Illuka_vallavalitsus, lk 23
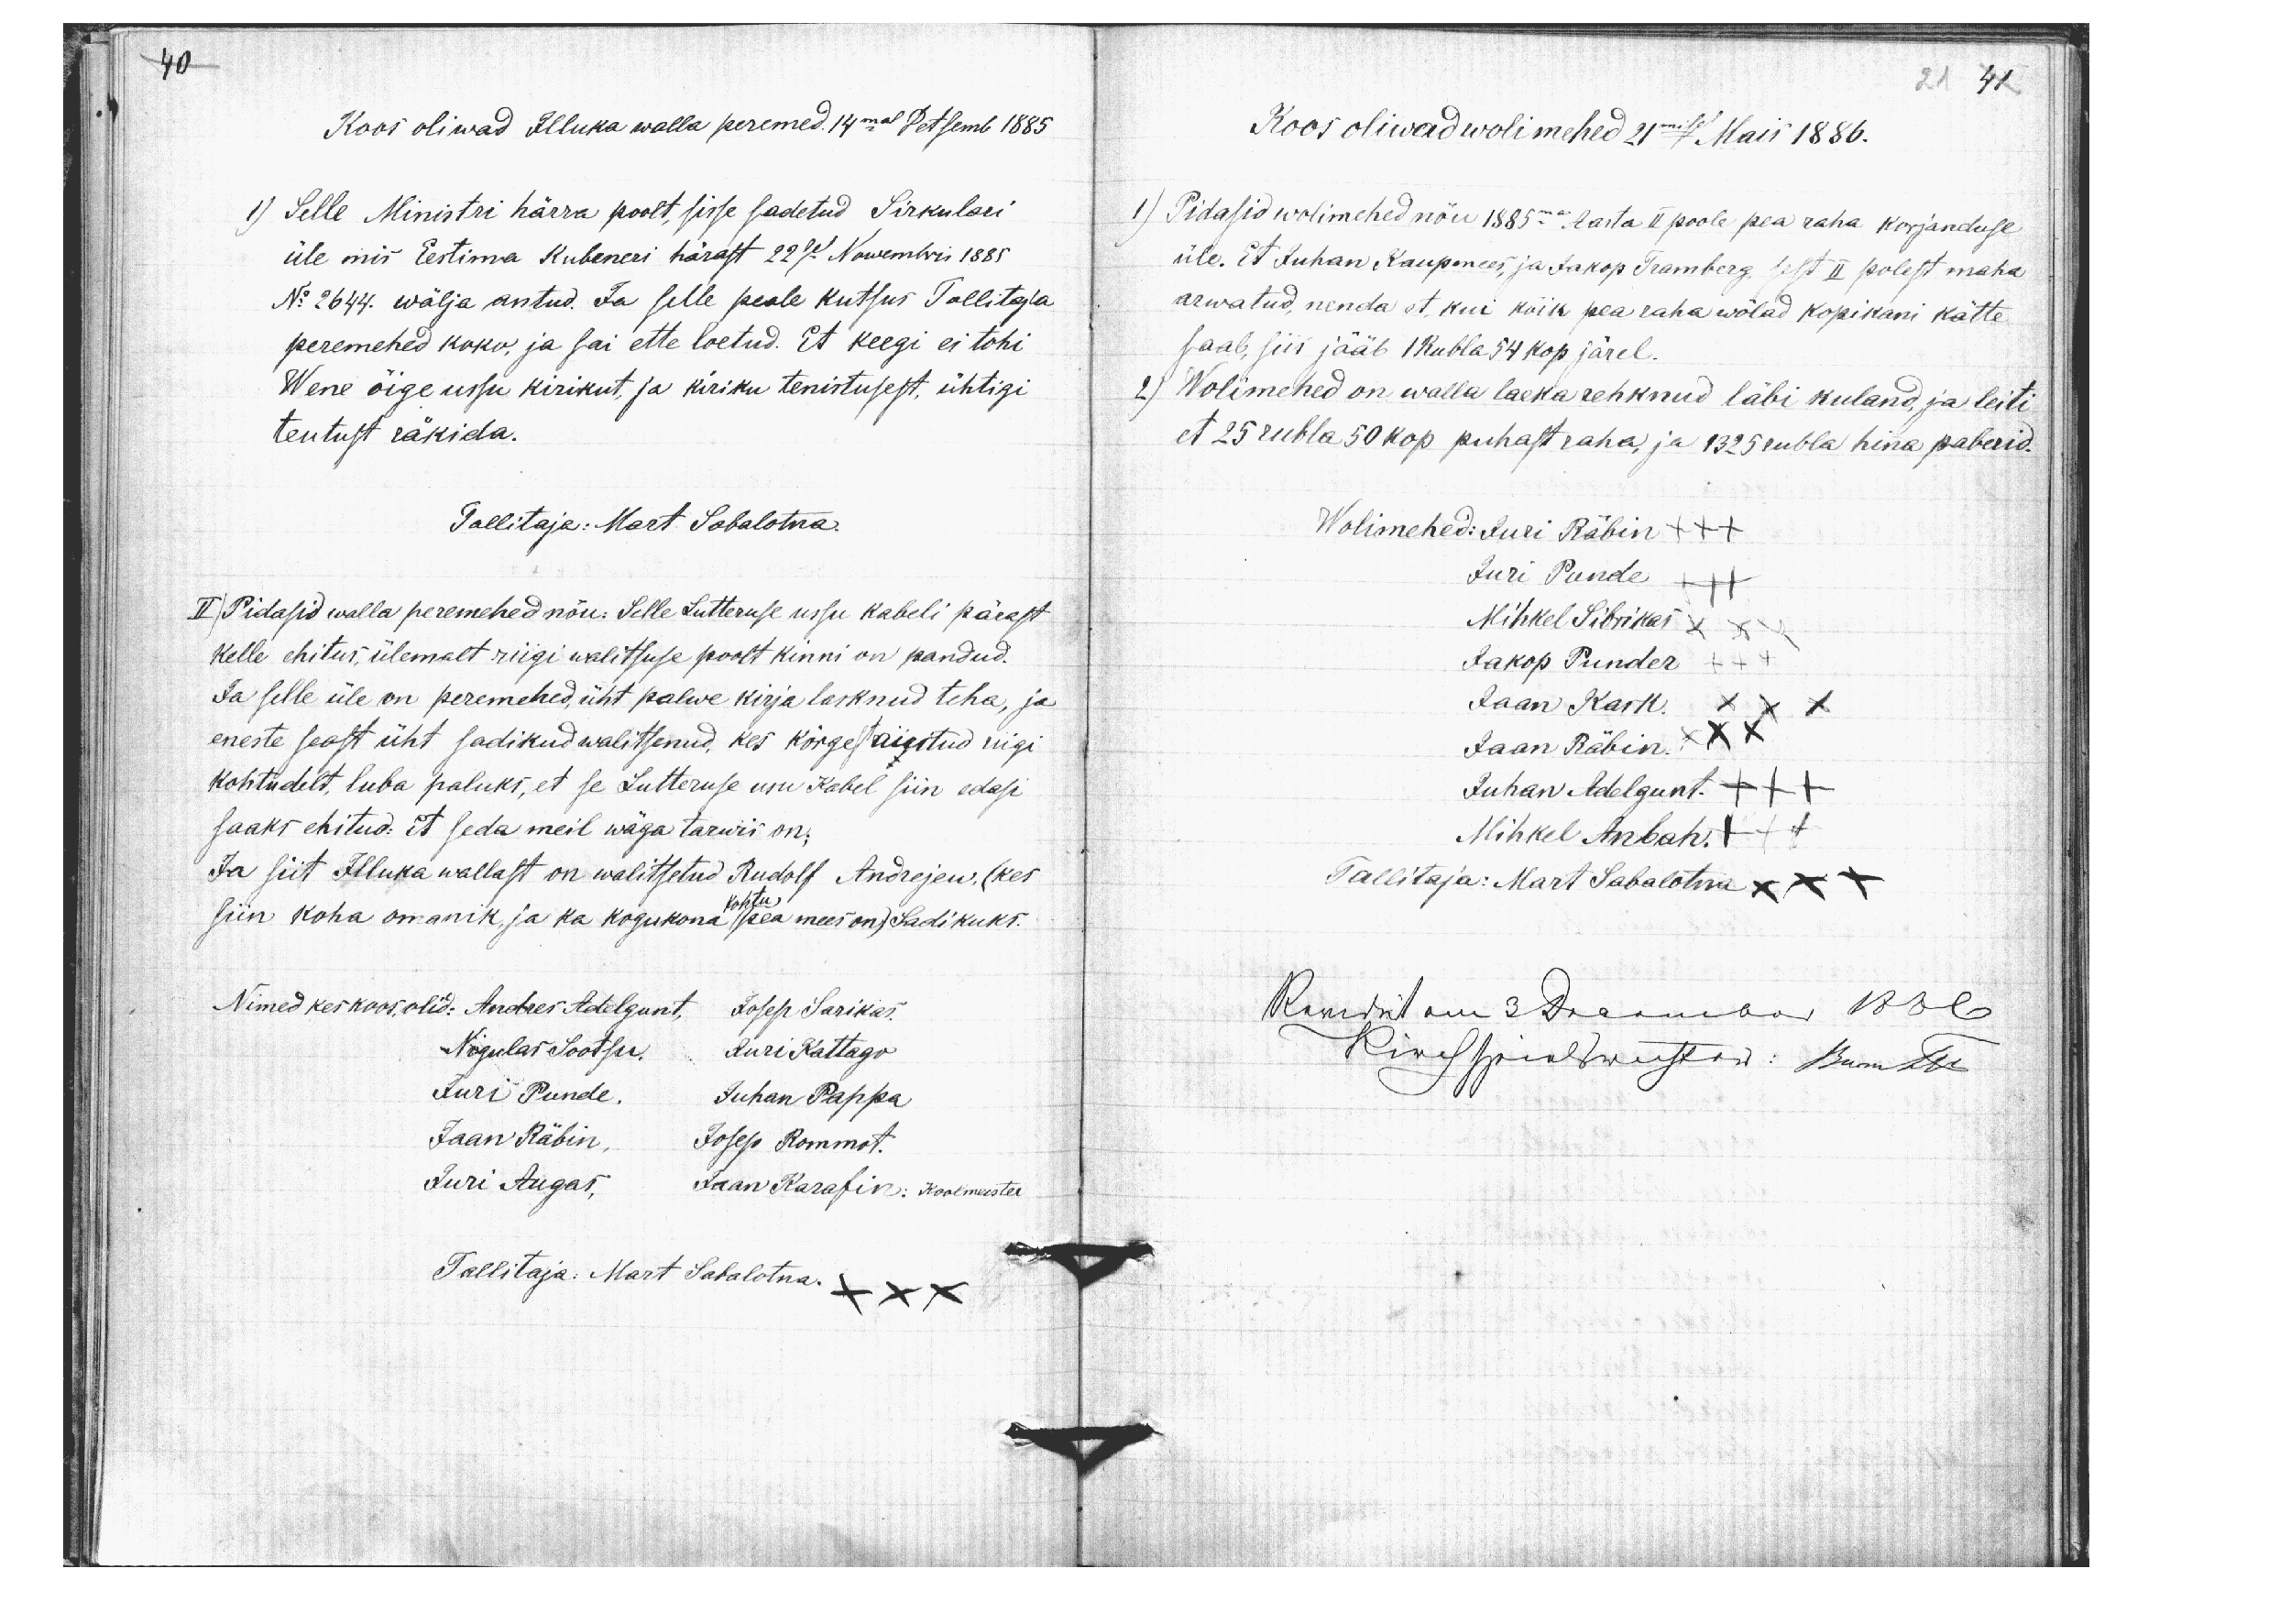
40

21 41

Koos oliwad Illuka walla peremed.14mal Detsemb 1885
1) Selle Ministri härra poolt, sisse sadetud Sirkulari
üle mis Eestima Kubrneri härast 22sel Nowembris 1885
No 2644. wälja antud. Ja selle peale kutsus Tallitaja
peremehed koko, ja sai ette loetud. Et keegi ei tohi
Wene õige ussu kirikut, ja kiriku tenistusest, ühtigi
teutust räkida.
Tallitaja: Mart Sabalotna.
II) Pidasid walla peremehed nõu: Selle Lutteruse ussu kabeli pärast
kelle ehitus, ülemalt riigi walitsuse poolt kinni on pandud.
Ja selle üle on peremehed, üht palwe kirja lasknud teha, ja
eneste seast üht sadikud walitsenud, kes kõrgest austud riigi
kohtudelt, luba paluks, et se Lutteruse usu Kabel siin edasi
saaks ehitud: Et seda meil wäga tarwis on:
Ja siit Illuka wallast on walitsetud Rudolf Andrejew, (kes
kohtu
siin koha omanik, ja ka kogukona pea mees on) Sadikuks.
Nimed kes koos, olid: Andres Adelgunt, Josep Sarikas.
Nigulas Sootsu, Juri Kattago
Juri Punde, Juhan Pappa
Jaan Räbin, Josep Rommot.
Juri Augas, Jaan Karafin: Koolmeister
Tallitaja: Mart Sabalotna. XXX

Koos oliwad wolimehed 21misel Mais 1886.
1) Pidasid wolimehed nõu 1885ma Aasta II poole pea raha korjanduse
üle. Et Juhan Kaupmees, ja Jakop Tramberg, sest II polest maha
arwatud, nenda et, kui kõik pea raha wõlad kopikani kätte
saab, siis jääb 1 Rubla 54 kop järel.
2) Wolimehed on walla laeka rehknud läbi kuland, ja leiti
et 25 rubla 50 kop puhast raha, ja 1325 rubla hina paberid.
Wolimehed: Juri Räbin +++
Juri Punde XXX
Mihkel Sibrikas XX
Jakop Punder XXX
Jaan Kask. XXX
Jaan Räbin. XXX
Juhan Adelgunt. XXX
Mihkel Anbah. XXX
Tallitaja: Mart Sabalotna xxx